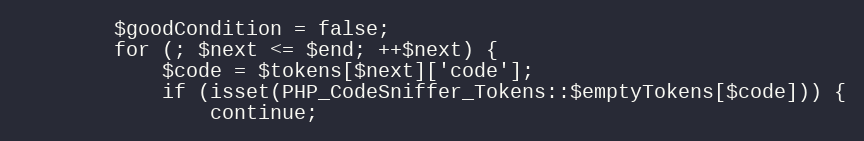
Language: PHP
		$goodCondition = false;
		for (; $next <= $end; ++$next) {
			$code = $tokens[$next]['code'];
			if (isset(PHP_CodeSniffer_Tokens::$emptyTokens[$code])) {
				continue;